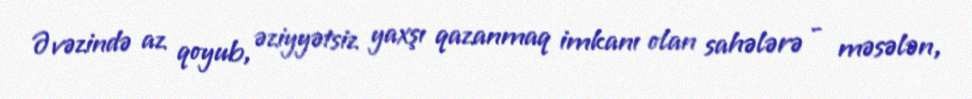
Əvəzində az qoyub, əziyyətsiz yaxşı qazanmaq imkanı olan sahələrə - məsələn,